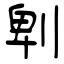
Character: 𠜱